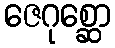
ဇေဂုစ္ဆော